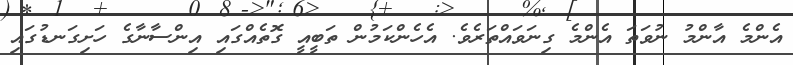
އެންމެ އާންމު ނުވަތަ އެންމެ ގިނަވައްތަރެވެ. އެހެންކަމުން ތަބީއީ ގޮތެއްގައި އިންސާނާގެ ހަށިގަނޑުގައި